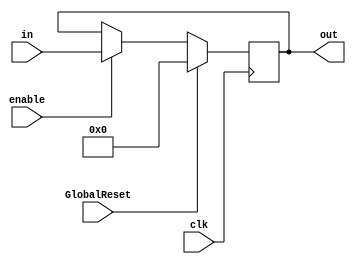
////////////////////////////////////////////////////////////////
//
// Module: enable_reg.v
//         jburbanoalgarte@gmail.com
//
// Description:
//      enable-controlled register
//		latency 1 cycle
//
// Parameters:
//      
//
// Inputs [bit width]:
//	clk
//	GlobalReset

//	enable
//	in	[20:0]
//
// Outputs [bit width]:
//	out [20:0]
////////////////////////////////////////////////////////////////

module enable_reg ( 
	clk,
	GlobalReset,
	enable,
	in,
	out
    );

////////////////////////////////////////////////////////////////
//  Inputs & Outputs
input clk;
input GlobalReset;
input enable;

input [20:0] in;

output reg [20:0] out;
	
////////////////////////////////////////////////////////////////
//  reg & wire declarations

////////////////////////////////////////////////////////////////
//  Modules

////////////////////////////////////////////////////////////////
//  Combinational Logic

////////////////////////////////////////////////////////////////
//  Registers
always @(posedge clk) begin
    if (GlobalReset == 1'b1) begin
		out     <= 21'd0;
    end
    else begin
		if (enable == 1'b1) begin
			out <= in;
		end
    end
end

endmodule